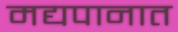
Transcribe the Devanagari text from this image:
मद्यपानात